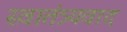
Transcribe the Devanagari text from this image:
स्वातंत्र्यवाद